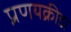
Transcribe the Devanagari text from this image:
प्रणयक्रीडा